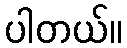
ပါတယ်။